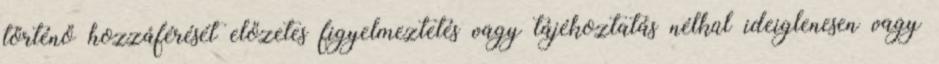
történő hozzáférését előzetes figyelmeztetés vagy tájékoztatás nélkül ideiglenesen vagy